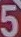
5